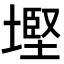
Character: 𡐖